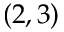
( 2 , 3 )